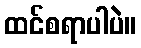
ထင်စရာပါပဲ။